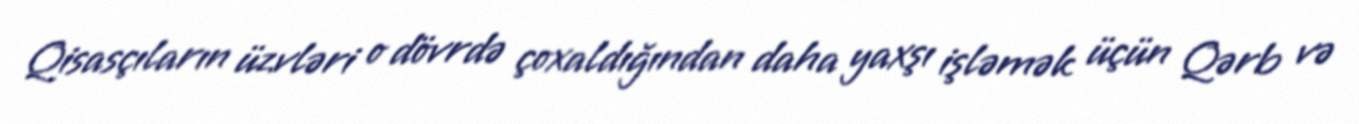
Qisasçıların üzvləri o dövrdə çoxaldığından daha yaxşı işləmək üçün Qərb və